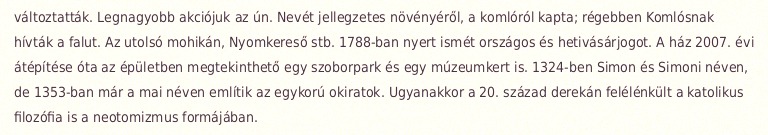
változtatták. Legnagyobb akciójuk az ún. Nevét jellegzetes növényéről, a komlóról kapta; régebben Komlósnak hívták a falut. Az utolsó mohikán, Nyomkereső stb. 1788-ban nyert ismét országos és hetivásárjogot. A ház 2007. évi átépítése óta az épületben megtekinthető egy szoborpark és egy múzeumkert is. 1324-ben Simon és Simoni néven, de 1353-ban már a mai néven említik az egykorú okiratok. Ugyanakkor a 20. század derekán felélénkült a katolikus filozófia is a neotomizmus formájában.